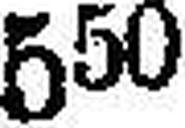
550